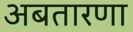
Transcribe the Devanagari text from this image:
अबतारणा